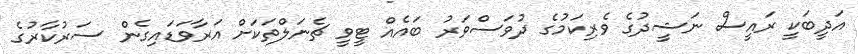
އަދީބަކީ ރައީސް ނަޝީދުގެ ވެރިކަމުގެ ދުވަސްވަރު ބައެއް ޓީވީ ޗެނަލްތަކަށް އަރާވަޑައިގެން ސަރުކާރުގެ